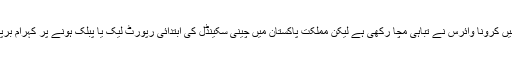
دنیا میں کرونا وائرس نے تباہی مچا رکھی ہے لیکن مملکت پاکستان میں چینی سکینڈل کی ابتدائی رپورٹ لیک یا پبلک ہونے پر کہرام برپا ہے۔